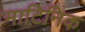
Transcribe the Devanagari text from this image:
माटिनिक